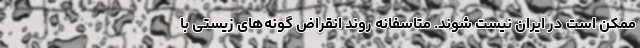
ممکن است در ایران نیست شوند. متاسفانه روند انقراض گونه‌های زیستی با